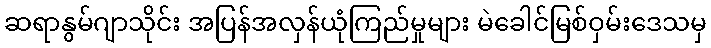
ဆရာနွမ်ဂျာသိုင်း အပြန်အလှန်ယုံကြည်မှုများ မဲခေါင်မြစ်ဝှမ်းဒေသမှ